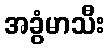
အခွံမာသီး